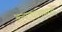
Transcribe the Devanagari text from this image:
अत्याचारांमध्ये